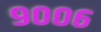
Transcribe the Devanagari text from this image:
९००६